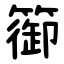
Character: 篽